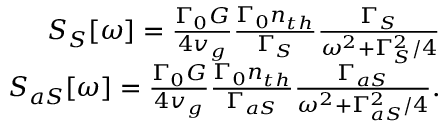
\begin{array} { r l r } & { } & { S _ { S } [ \omega ] = \frac { \Gamma _ { 0 } G } { 4 v _ { g } } \frac { \Gamma _ { 0 } n _ { t h } } { \Gamma _ { S } } \frac { \Gamma _ { S } } { \omega ^ { 2 } + \Gamma _ { S } ^ { 2 } / 4 } } \\ & { } & { S _ { a S } [ \omega ] = \frac { \Gamma _ { 0 } G } { 4 v _ { g } } \frac { \Gamma _ { 0 } n _ { t h } } { \Gamma _ { a S } } \frac { \Gamma _ { a S } } { \omega ^ { 2 } + \Gamma _ { a S } ^ { 2 } / 4 } . } \end{array}